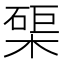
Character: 𭫑